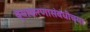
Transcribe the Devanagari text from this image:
व्याकरणासंबंधीच्या